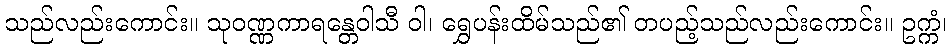
သည်လည်းကောင်း။ သုဝဏ္ဏကာရန္တေဝါသီ ဝါ၊ ရွှေပန်းထိမ်သည်၏ တပည့်သည်လည်းကောင်း။ ဥက္ကံ၊